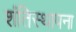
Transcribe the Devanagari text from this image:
शंतिस्थापना